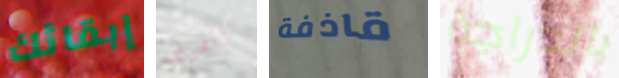
إبقائك الفرق قاذفة بالدراجة